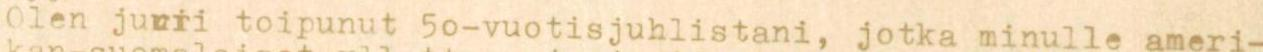
Oien juuri toipunut 50-vuotisjuhlistani, jotka minulle ameri-